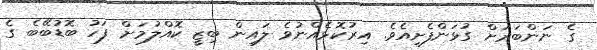
ގެ ނަންބަރަށް ގުޅަންފެށިއެވެ. އިރުކޮޅެއްނުވެ ލައިން ބިޒީ ކޮއްލުމަށް ފަހު ބޮޑުބޭބެ ގެ